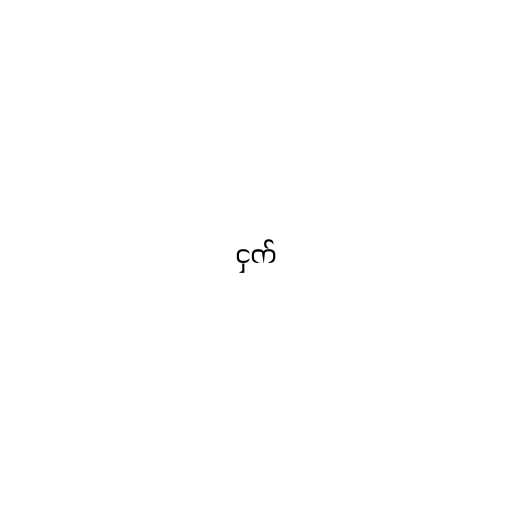
ငှက်